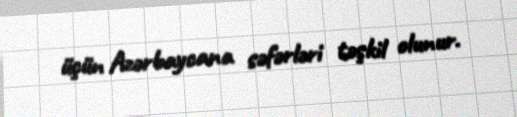
üçün Azərbaycana səfərləri təşkil olunur.